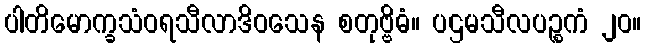
ပါတိမောက္ခသံဝရသီလာဒိဝသေန စတုဗ္ဗိဓံ။ ပဌမသီလပဉ္စကံ ၂၀။